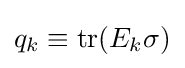
q_{k}\equiv \operatorname {tr} (E_{k}\sigma )